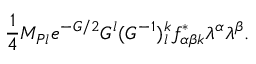
{ \frac { 1 } { 4 } } M _ { P l } e ^ { - G / 2 } G ^ { l } ( G ^ { - 1 } ) _ { l } ^ { k } f _ { \alpha \beta k } ^ { * } \lambda ^ { \alpha } \lambda ^ { \beta } .